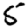
Digit: 5